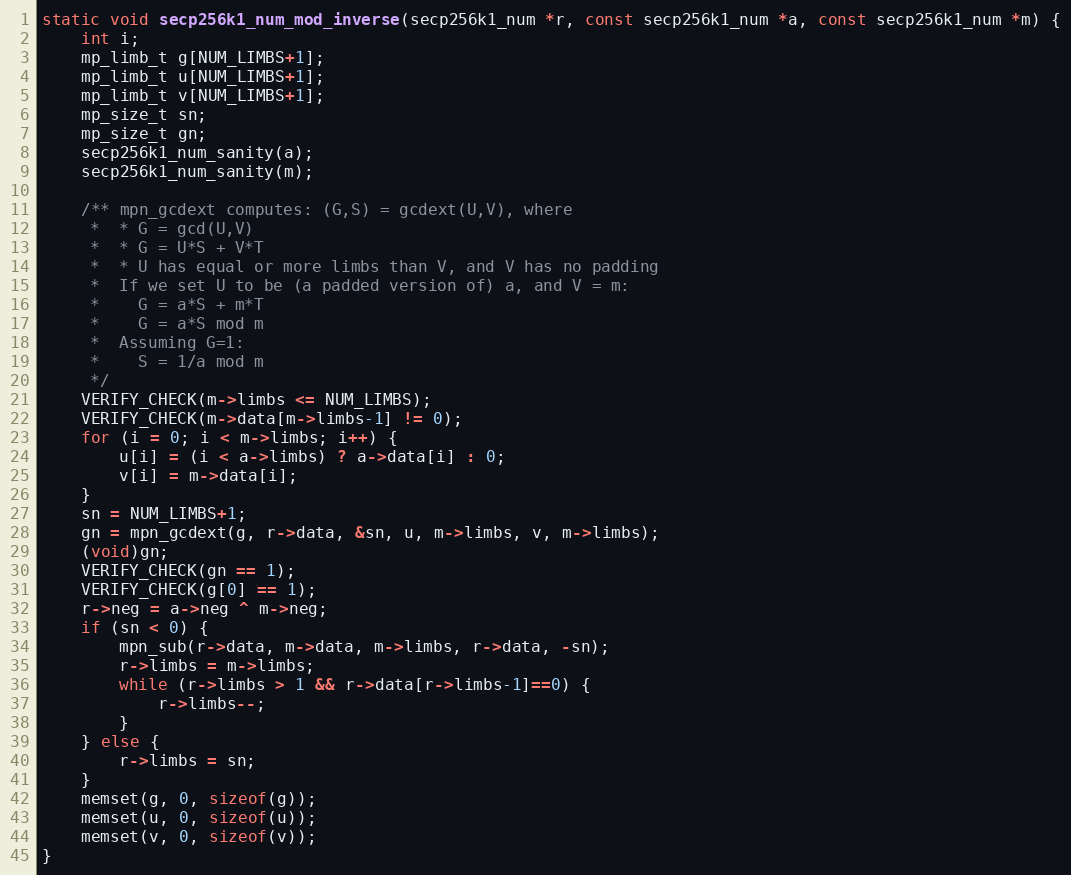
Language: C
static void secp256k1_num_mod_inverse(secp256k1_num *r, const secp256k1_num *a, const secp256k1_num *m) {
    int i;
    mp_limb_t g[NUM_LIMBS+1];
    mp_limb_t u[NUM_LIMBS+1];
    mp_limb_t v[NUM_LIMBS+1];
    mp_size_t sn;
    mp_size_t gn;
    secp256k1_num_sanity(a);
    secp256k1_num_sanity(m);

    /** mpn_gcdext computes: (G,S) = gcdext(U,V), where
     *  * G = gcd(U,V)
     *  * G = U*S + V*T
     *  * U has equal or more limbs than V, and V has no padding
     *  If we set U to be (a padded version of) a, and V = m:
     *    G = a*S + m*T
     *    G = a*S mod m
     *  Assuming G=1:
     *    S = 1/a mod m
     */
    VERIFY_CHECK(m->limbs <= NUM_LIMBS);
    VERIFY_CHECK(m->data[m->limbs-1] != 0);
    for (i = 0; i < m->limbs; i++) {
        u[i] = (i < a->limbs) ? a->data[i] : 0;
        v[i] = m->data[i];
    }
    sn = NUM_LIMBS+1;
    gn = mpn_gcdext(g, r->data, &sn, u, m->limbs, v, m->limbs);
    (void)gn;
    VERIFY_CHECK(gn == 1);
    VERIFY_CHECK(g[0] == 1);
    r->neg = a->neg ^ m->neg;
    if (sn < 0) {
        mpn_sub(r->data, m->data, m->limbs, r->data, -sn);
        r->limbs = m->limbs;
        while (r->limbs > 1 && r->data[r->limbs-1]==0) {
            r->limbs--;
        }
    } else {
        r->limbs = sn;
    }
    memset(g, 0, sizeof(g));
    memset(u, 0, sizeof(u));
    memset(v, 0, sizeof(v));
}